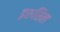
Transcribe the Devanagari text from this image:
इरुसिल